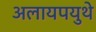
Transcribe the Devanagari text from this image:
अलायपयुथे